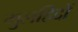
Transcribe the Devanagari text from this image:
मुलहिदों